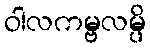
ဝါလကမ္ဗလမ္ပိ